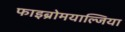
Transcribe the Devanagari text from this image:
फाइब्रोमयाल्जिया